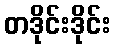
တဒိုင်းဒိုင်း